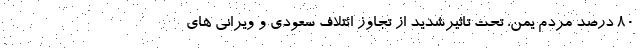
۸۰ درصد مردم یمن، تحت تاثیرشدید از تجاوز ائتلاف سعودی و ویرانی های